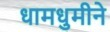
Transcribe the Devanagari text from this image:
धामधुमीने